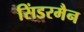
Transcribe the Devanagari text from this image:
सिंडरमैन